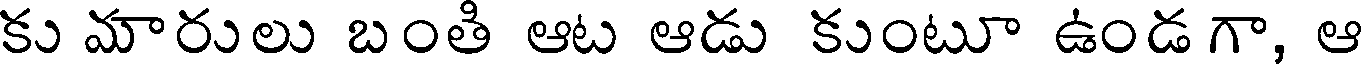
కు మారులు బంతి ఆట ఆడు కుంటూ ఉండగా, ఆ